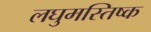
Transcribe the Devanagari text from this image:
लघुमस्तिष्क